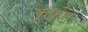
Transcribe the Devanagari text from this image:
फूफ़ेंग